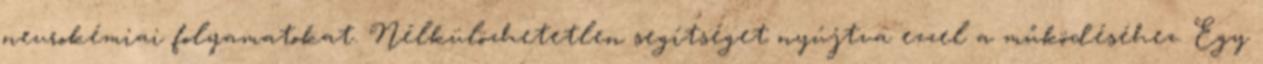
neurokémiai folyamatokat. Nélkülözhetetlen segítséget nyújtva ezzel a működéséhez. Egy